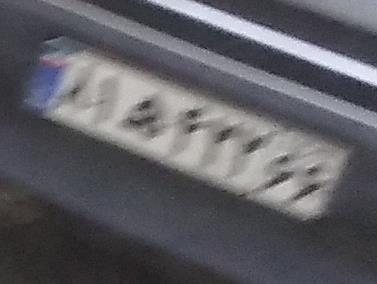
۸۱ه۴۲۲۶۶